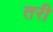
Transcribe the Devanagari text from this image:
तरी